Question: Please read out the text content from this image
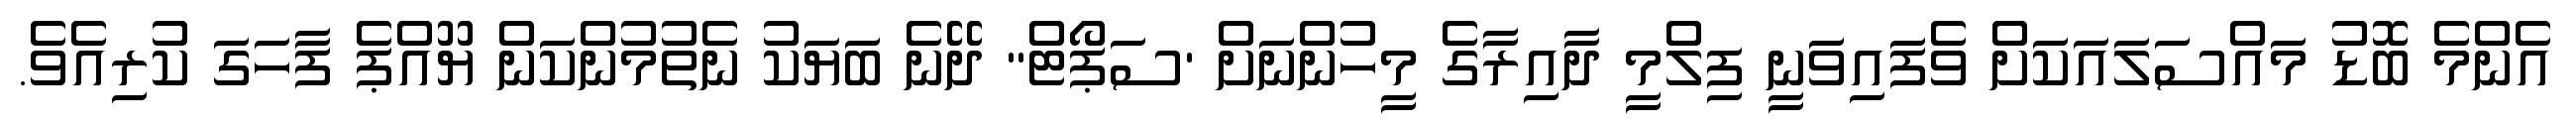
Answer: އެންމެ ބޮޑު މައްސަލައަކަށް ވެފައިވަނީ ފިލްމީ ދާއިރާގެ މީހުންނަށް 'ސަޕޯޓް" ދޭނެ ބަޔަކު ނެތުމުންކަން ޔޫއްޕެ ފާހަގަ ކުރިއެވެ.